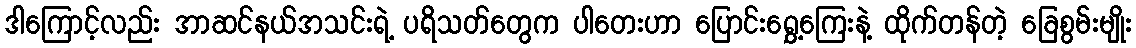
ဒါကြောင့်လည်း အာဆင်နယ်အသင်းရဲ့ ပရိသတ်တွေက ပါတေးဟာ ပြောင်းရွှေ့ကြေးနဲ့ ထိုက်တန်တဲ့ ခြေစွမ်းမျိုး